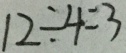
1 2 \div 4 = 3